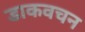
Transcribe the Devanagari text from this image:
डाकवचन